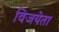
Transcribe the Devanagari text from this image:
विजयेता